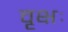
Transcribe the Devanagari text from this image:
वृक्षः